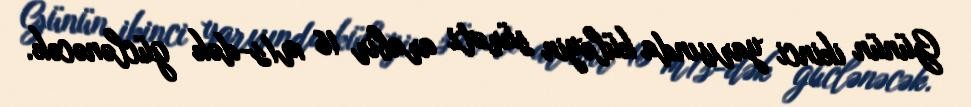
Günün ikinci yarısında küləyin sürəti arabir 16 m/s-dək güclənəcək.